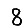
Digit: 8